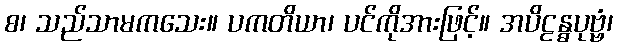
စ၊ သည်သာမကသေး။ ပကတိယာ၊ ပင်ကိုအားဖြင့်။ အပိဠန္ဓပုဗ္ဗံ၊